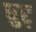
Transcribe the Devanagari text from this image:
धुर्